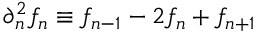
\partial _ { n } ^ { 2 } f _ { n } \equiv f _ { n - 1 } - 2 f _ { n } + f _ { n + 1 }